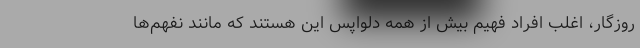
روزگار، اغلبِ افراد فهیم بیش از همه دلواپس این هستند که مانند نفهم‌ها